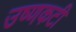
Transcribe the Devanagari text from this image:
उष्णकटी